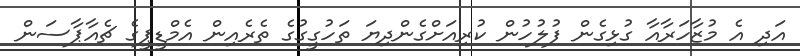
އަދި އެ މުޒާހަރާއާ ގުޅިގެން ފުލުހުން ކުރިއަށްގެންދިޔަ ތަހުގީގުގެ ތެރެއިން އެމްޑީޕީގެ ޗެއާޕާސަން